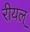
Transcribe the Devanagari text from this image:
रीयल्